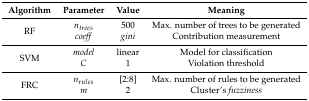
| Algorithm | Parameter | Value | Meaning |
 | --- | --- | --- | --- |
 | <ROWSPAN=2> RF | ntrees | 500 | Max. number of trees to be generated |
 | coeff | gini | Contribution measurement |
 | <ROWSPAN=2> SVM | model | linear | Model for classification |
 | C | 1 | Violation threshold |
 | <ROWSPAN=2> FRC | nrules | [2:8] | Max. number of rules to be generated |
 | m | 2 | Cluster’s fuzziness |